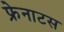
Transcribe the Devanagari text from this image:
फ्रेनाटस